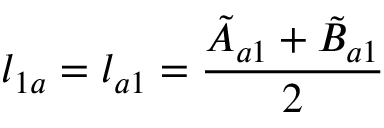
l _ { 1 a } = l _ { a 1 } = \frac { \Tilde { A } _ { a 1 } + \Tilde { B } _ { a 1 } } { 2 }